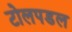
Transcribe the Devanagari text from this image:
टोलपडल